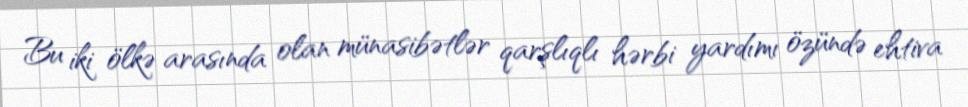
Bu iki ölkə arasında olan münasibətlər qarşlıqlı hərbi yardımı özündə ehtiva